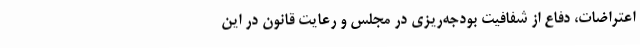
اعتراضات، دفاع از شفافیت بودجه‌ریزی در مجلس و رعایت قانون در این